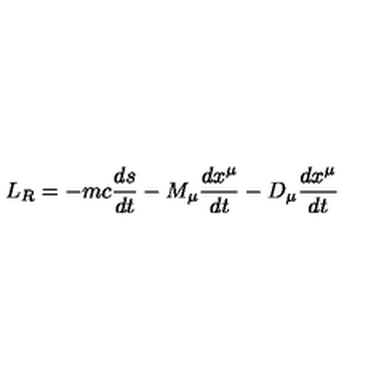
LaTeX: L _ { R } = - m c { \frac { d s } { d t } } - M _ { \mu } { \frac { d x ^ { \mu } } { d t } } - D _ { \mu } { \frac { d x ^ { \mu } } { d t } }